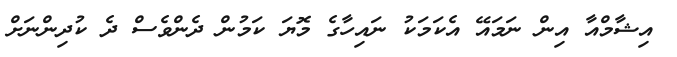
އިޝާމްއާ އިން ނަމައޭ އެކަމަކު ނައިހާގެ މޮޔަ ކަމުން ދެންވެސް ދެ ކުދިންނަށް